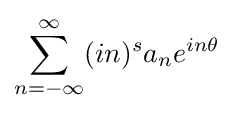
\sum _{n=-\infty }^{\infty }(in)^{s}a_{n}e^{in\theta }